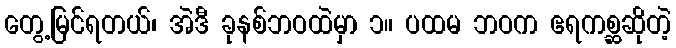
တွေ့မြင်ရတယ်၊ အဲဒီ ခုနစ်ဘဝထဲမှာ ၁။ ပထမ ဘဝက ဧရကစ္ဆဆိုတဲ့